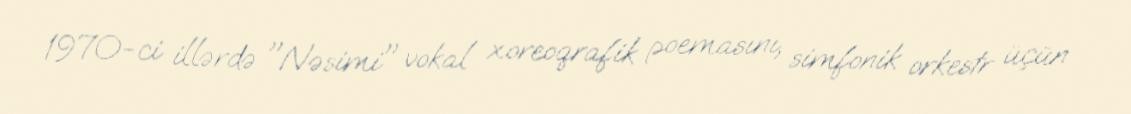
1970-ci illərdə "Nəsimi" vokal xoreoqrafik poemasını, simfonik orkestr üçün